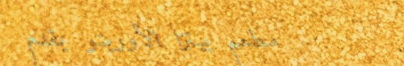
مطعم بيتزا الأورينو يقدم